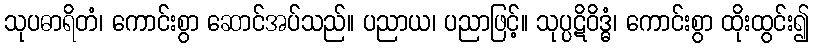
သုပဓာရိတံ၊ ကောင်းစွာ ဆောင်အပ်သည်။ ပညာယ၊ ပညာဖြင့်။ သုပ္ပဋိဝိဒ္ဓံ၊ ကောင်းစွာ ထိုးထွင်း၍